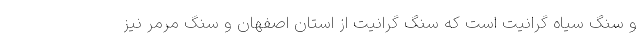
و سنگ سیاه گرانیت است که سنگ گرانیت از استان اصفهان و سنگ مرمر نیز